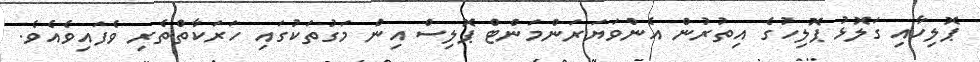
ޕޮލިހާއި ގަލޮޅު ޕޮލިހުގެ އިތުރުން އެންވަޔަރަންމަންޓް ޕޮލިސް އިން މަގުތަކުގައި ހަރަކާތްތެރި ވެފައިވެއެވެ.